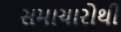
સમાચારોથી